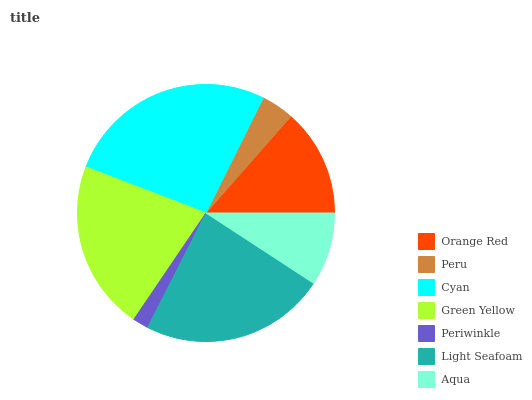
| Orange Red | Peru | Cyan | Green Yellow | Periwinkle | Light Seafoam | Aqua |
 | --- | --- | --- | --- | --- | --- | --- |
 | 13.5% | 4.12% | 26.6% | 21.3% | 1.99% | 23.2% | 9.2% |